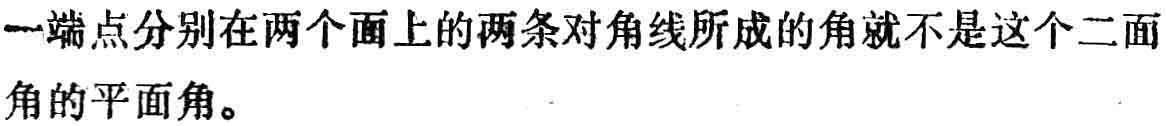
一端点分别在两个面上的两条对角线所成的角就不是这个二面角的平面角。